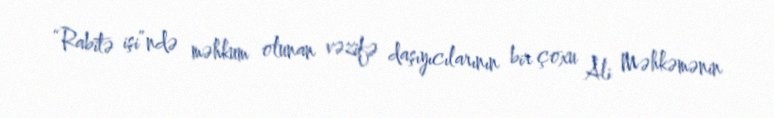
“Rabitə işi”ndə məhkum olunan vəzifə daşıyıcılarının bir çoxu Ali Məhkəmənin